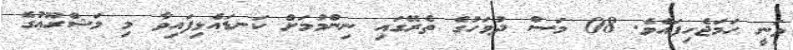
ވަނީ ހަމަޖެހިފައެވެ. 08 މަސް ދުވަހުގެ ތެރޭގައި ނިންމުމަށް ކަނޑައެޅިފައިވާ މި މަޝްރޫޢުގެ